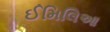
ઈમિલિઆ